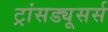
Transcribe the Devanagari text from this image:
ट्रांसड्यूसर्स